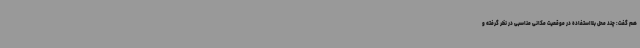
هم گفت: چند محل بلااستفاده در موقعیت مکانی مناسبی در نظر گرفته و